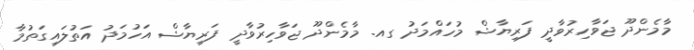
މާމެންދޫ ޖަވާހިރުވާދީ ފަރިޔާޝް މުހައްމަދު ގއ. މާމެންދޫ ޖަވާހިރުވާދީ ފަރިޔާޝް އަހުމަދު އަތުލައިގަތުމާ